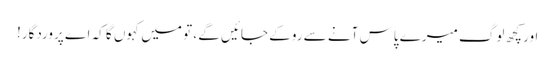
اور کچھ لوگ میرے پاس آنے سے روکے جائیں گے ، تو میں کہوں گا کہ اے پروردگار!